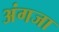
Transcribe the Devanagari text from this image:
अंगजा